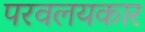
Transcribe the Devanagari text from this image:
परवलयकार